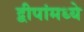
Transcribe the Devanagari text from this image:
द्वीपांमध्ये